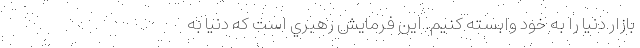
بازار دنيا را به خود وابسته كنيم. اين فرمايش رهبري است كه دنيا به